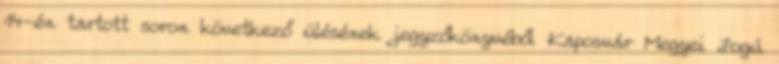
14-én tartott soron következő ülésének jegyzőkönyvéből Kaposvár Megyei Jogú